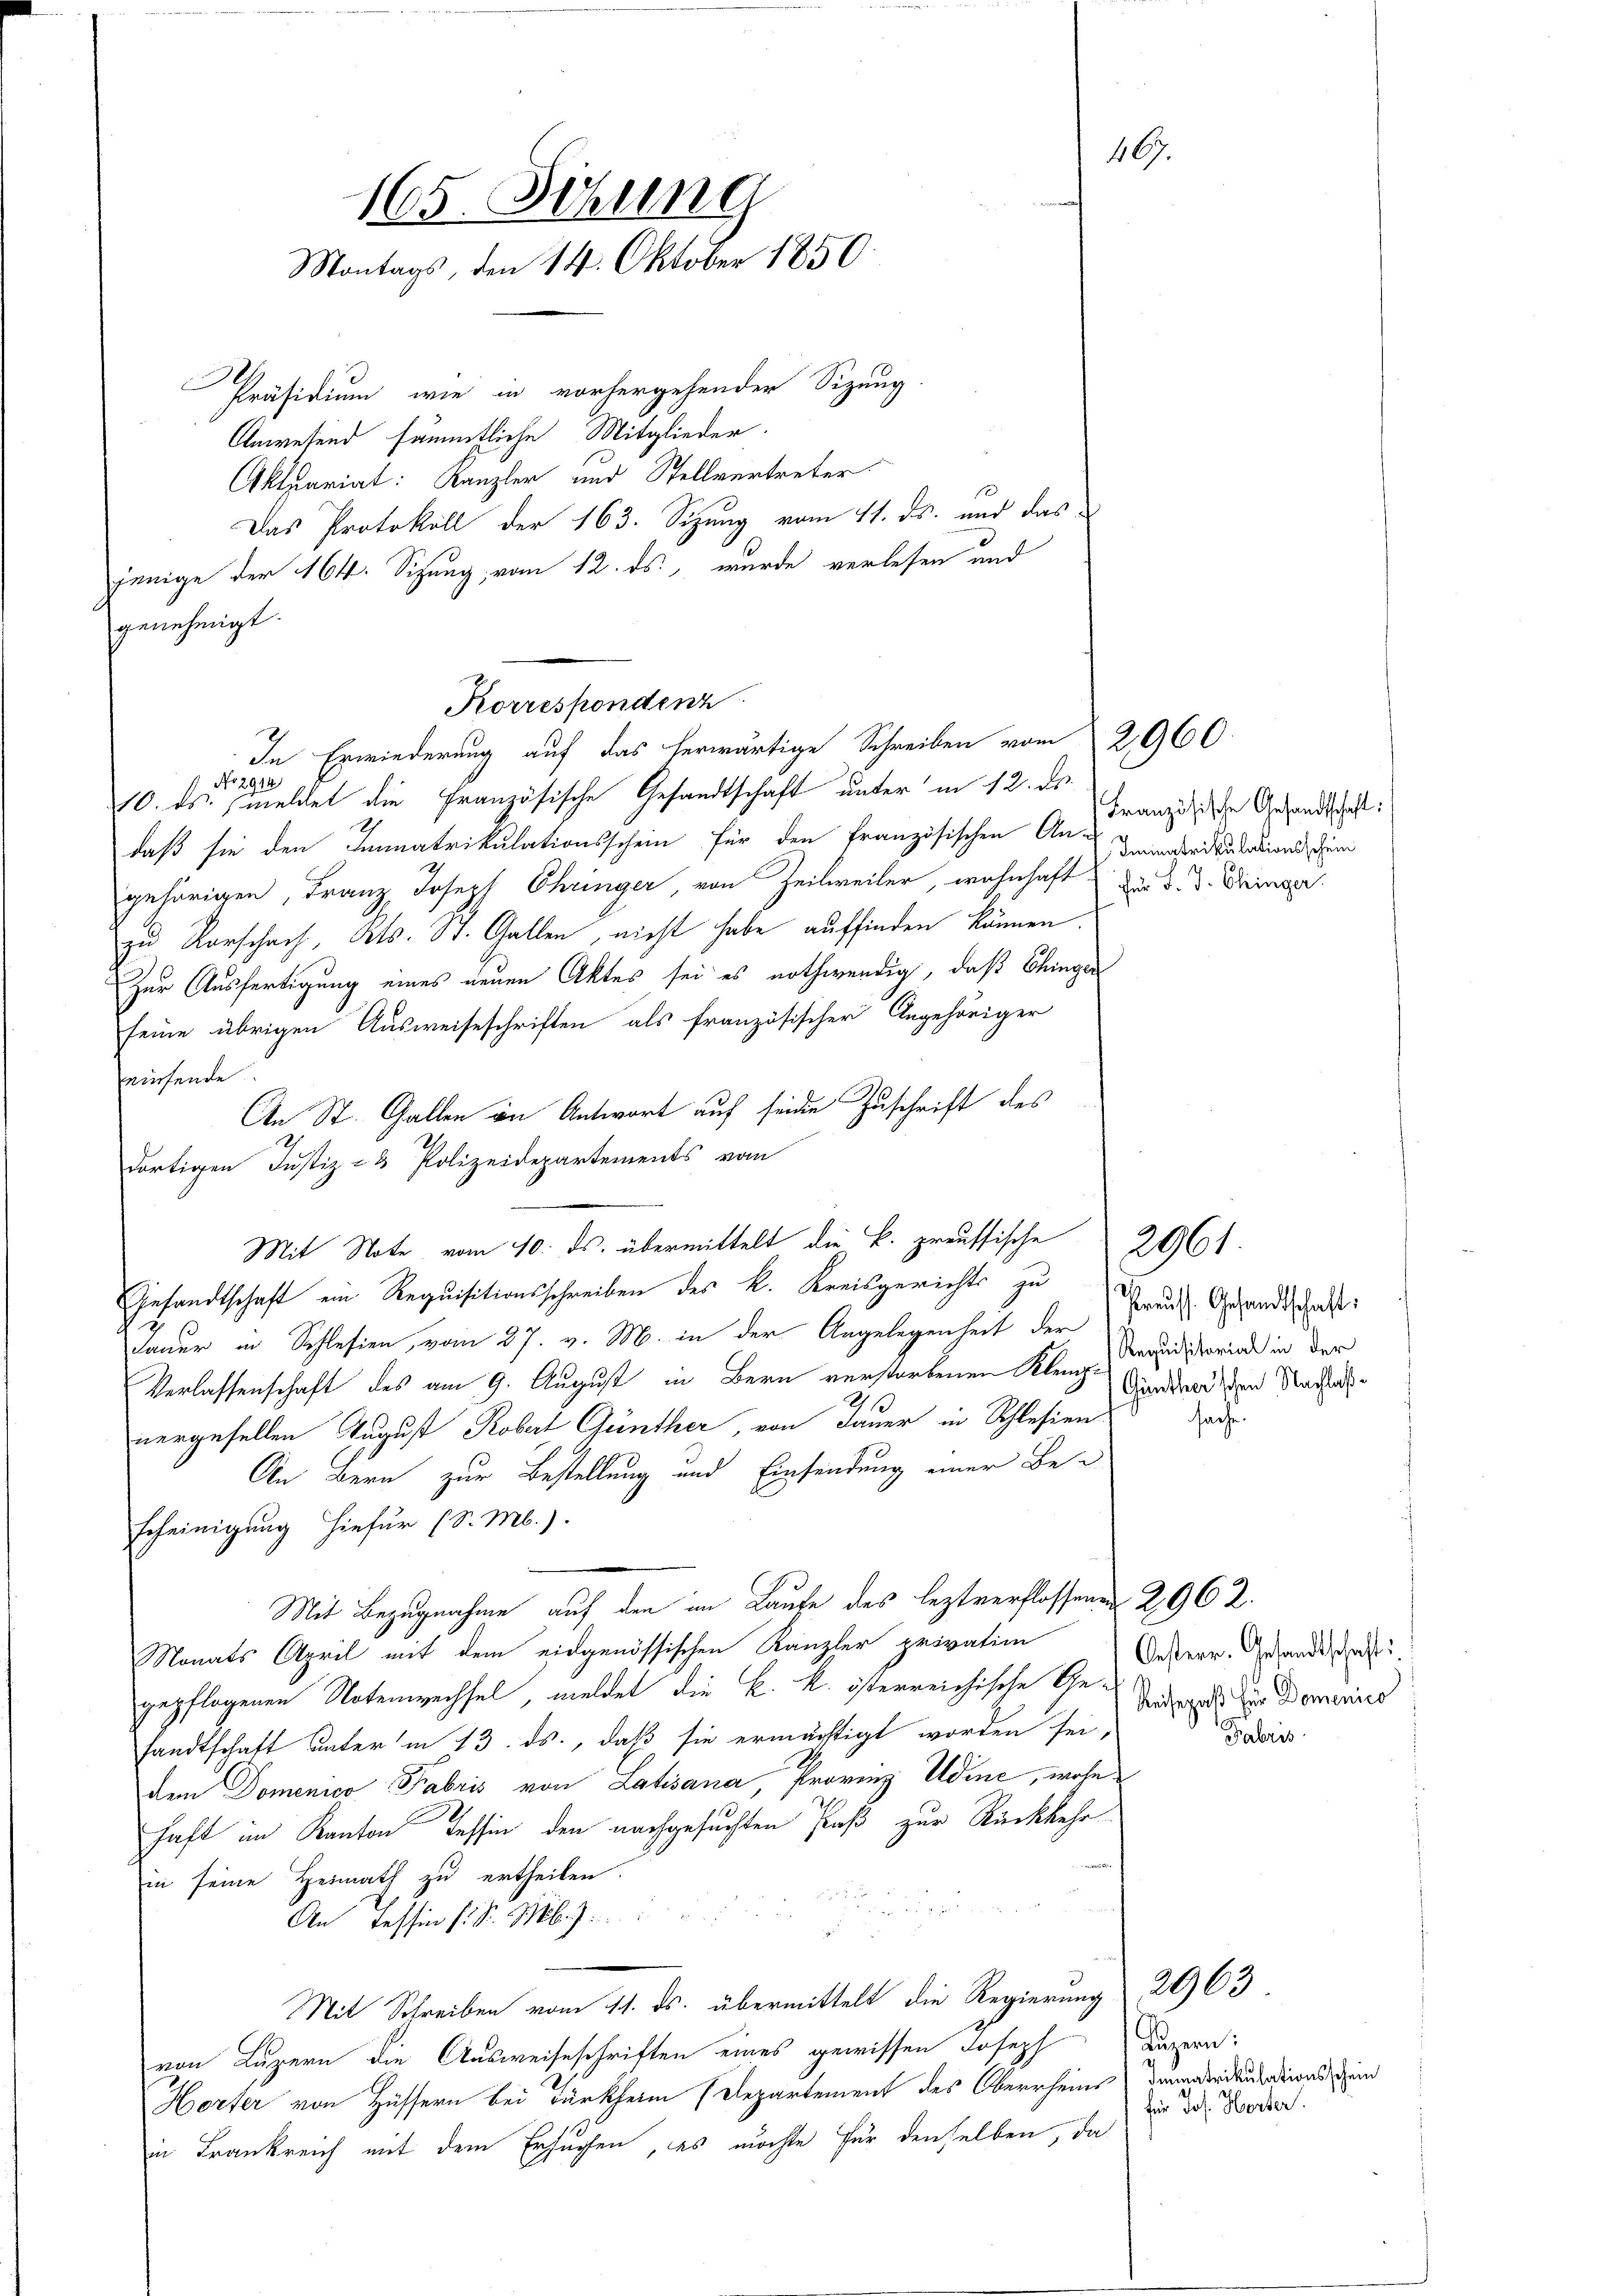
165. Sitzung
Montags, den 14. Oktober 1850.

Präsidium wie in vorhergehenden Sizung.
Anwesend sämmtliche Mitglieder.
Aktuariat: Kanzler und Stellvertreter.
Das Protokoll der 163. Sizung vom 11. ds. und das
jenige der 164. Sitzung, vom 12. ds. wurde verlesen und
genehmigt.
N
2914
10. ds. meldet die Französische Gesandtschaft unter in 12. ds.
daß sie den Immatrikulationsschein für den Französischen An-Jamerikulationssum
gehörigen, Franz Joseph Chringer, von Zeilweiler, wohnhaft für d. d. Dringer
zu Vorschach, Kts. St. Gallen, nicht habe auffinden können.
Zur Ausfertigung eines neuen Aktes sei es nothwendig, daß Chinger
seine übrigen Ausweiseschriften als französischer Angehöriger
einsende.
An St. Gallen in Antwort auf seide Zuschrift des
dortigen Justiz- & Polizeidepartements vom
Mit Note vom 10. ds. übermittelt die k. preussische
Gesandtschaft ein Requisitionsschreiben des k. Kreisgerichts zu
dauer in Schlesien, vom 27. v. M. in der Angelegenheit der
Verlassenschaft des am 9. August in Bern verstorbenen Klein Gendarsten Nachatnergesellen August Robert Günther, von Dauer in Schlesien
An Bern zur Bestellung und Einsendung einer Be-
scheinigung hiefür (S. M.).
Mit Bezugnahme auf den im Laufe des leztverflossenen 2962.
Monats April mit dem eidgenössischen Kanzler privatim
gepflogenen Notenwechsel, meldet die k. k. österreichische General der Domanis
fandtschaft unter in 13. ds., daß sie ermächtigt worden sei,
dem Domenico -Fabris von Latisana, Provinz Udine, wohnhaft im Kanton Tessin den nachgesuchten Paß zur Rückkehr

in seine Heimath zu ertheilen.
2
An Tessin s. S. M.
Mit Schreiben vom 11. ds. übermittelt die Regierung 2063
von Luzern die Ausweiseschriften eines gewissen Joseph
Horter von Hüssern bei Türkheim (Departement des Oberrheims Dammatrikulations, ind
in Frankreich mit dem Ersuchen, es möchte für denselben, da

Korrespondenz
In Erwiederung auf das herwärtige Schreiben vom 2960.

467.

Französische Gesandtschaft:

Preuss. Gesandtschaft:
Requisitorial in der

2961.

sache.

Oesterr. Gesandtschaft:
Fabris.

Luzern:
für Jos. Herzer.